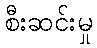
စီးဆင်းမှု